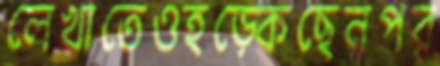
লেখাতেওহড়্‌কেছেনপর